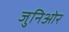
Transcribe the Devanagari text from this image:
जुनिओर